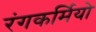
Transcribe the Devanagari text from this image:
रंगकर्मियो